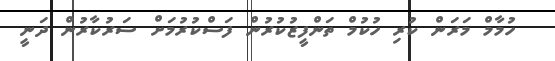
ހުމާމް މަރަން ކުރި ހުކުމް ތަންފީޒުކުރުން ފަސްކުރުމަށް ސަރުކާރުން ދަނީ